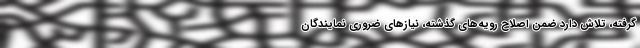
گرفته، تلاش دارد ضمن اصلاح رویه‌های گذشته، نیازهای ضروری نمایندگان